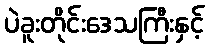
ပဲခူးတိုင်းဒေသကြီးနှင့်